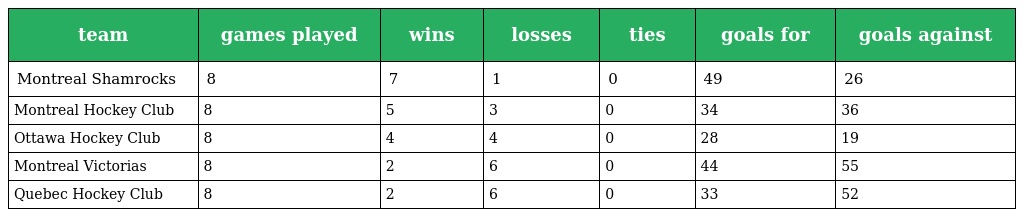
| team | games played | wins | losses | ties | goals for | goals against |
 | --- | --- | --- | --- | --- | --- | --- |
 | Montreal Shamrocks | 8 | 7 | 1 | 0 | 49 | 26 |
 | Montreal Hockey Club | 8 | 5 | 3 | 0 | 34 | 36 |
 | Ottawa Hockey Club | 8 | 4 | 4 | 0 | 28 | 19 |
 | Montreal Victorias | 8 | 2 | 6 | 0 | 44 | 55 |
 | Quebec Hockey Club | 8 | 2 | 6 | 0 | 33 | 52 |